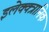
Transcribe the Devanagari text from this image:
इलेक्क्त्रानिक